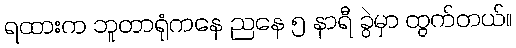
ရထားက ဘူတာရုံကနေ ညနေ ၅ နာရီ ခွဲမှာ ထွက်တယ်။